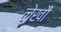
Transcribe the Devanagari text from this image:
लेखौं